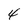
Character: 4